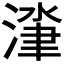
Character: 𰜰